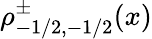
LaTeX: \rho_{-1/2,-1/2}^{\pm}(x)